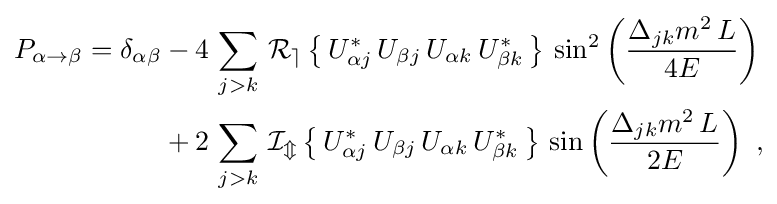
{\begin{aligned}P_{\alpha \rightarrow \beta }=\delta _{\alpha \beta }&{}-4\,\sum _{j>k}\,\operatorname {\mathcal {R_{e}}} \left\{\,U_{\alpha j}^{*}\,U_{\beta j}\,U_{\alpha k}\,U_{\beta k}^{*}\,\right\}\,\sin ^{2}\left({\frac {\Delta _{jk}m^{2}\,L}{4E}}\right)\\&{}+2\,\sum _{j>k}\,\operatorname {\mathcal {I_{m}}} \left\{\,U_{\alpha j}^{*}\,U_{\beta j}\,U_{\alpha k}\,U_{\beta k}^{*}\,\right\}\,\sin \left({\frac {\Delta _{jk}m^{2}\,L}{2E}}\right)~,\end{aligned}}